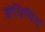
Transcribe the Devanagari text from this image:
बोधिचित्